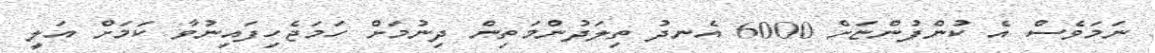
ނަމަވެސް އެ ކުންފުންޏަށް 6000 އެނދު ތިލަދުންމަތިން ދިނުމަށް ހަމަޖެހިފައިނުވާ ކަމަށް އަލީ